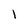
Character: 1